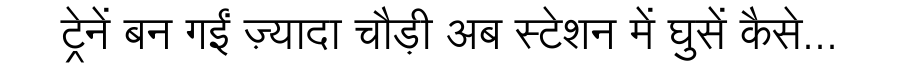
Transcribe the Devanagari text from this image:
ट्रेनें बन गईं ज़्यादा चौड़ी अब स्टेशन में घुसें कैसे...